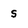
Character: s